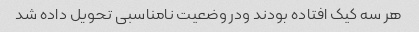
هر سه کیک افتاده بودند و‌در وضعیت نامناسبی تحویل داده شد